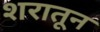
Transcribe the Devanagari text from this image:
शरातून